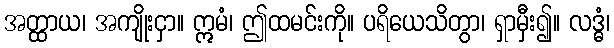
အတ္ထာယ၊ အကျိုးငှာ။ ဣမံ၊ ဤထမင်းကို။ ပရိယေသိတွာ၊ ရှာမှီး၍။ လဒ္ဓံ၊